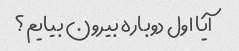
آیا اول دوباره بیرون بیایم؟